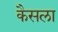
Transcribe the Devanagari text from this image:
कैसला